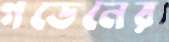
গডেনের